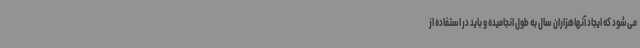
می‌شود که ایجاد آنهاهزاران سال به طول انجامیده و باید در استفاده از